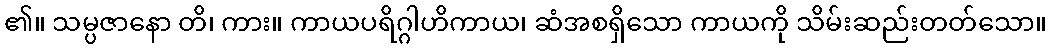
၏။ သမ္ပဇာနော တိ၊ ကား။ ကာယပရိဂ္ဂါဟိကာယ၊ ဆံအစရှိသော ကာယကို သိမ်းဆည်းတတ်သော။